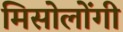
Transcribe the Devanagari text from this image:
मिसोलोंगी